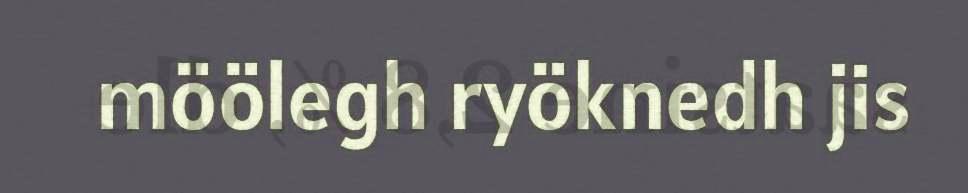
möölegh ryöknedh jis